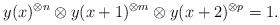
LaTeX: \begin{align*}y(x)^{\otimes n}\otimes y(x+1)^{\otimes m}\otimes y(x+2)^{\otimes p}=1.\end{align*}